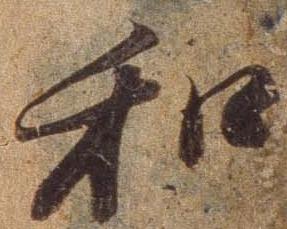
和